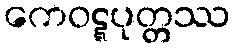
ကေဝဋ္ဋပုတ္တဿ